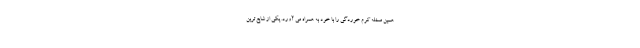
همین مسئله کرم خوردگی را با خود به همراه می آورد. یکی از شایع ترین